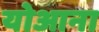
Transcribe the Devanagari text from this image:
योआना